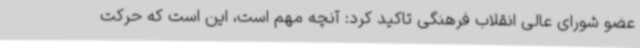
عضو شورای عالی انقلاب فرهنگی تاکید کرد: آنچه مهم است، این است که حرکت